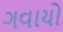
ગવાયો